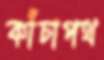
কাঁচাপথ